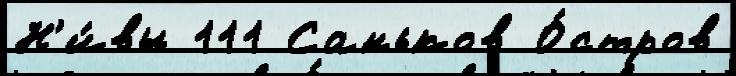
Н'и́вы 111 Саньков О́стров